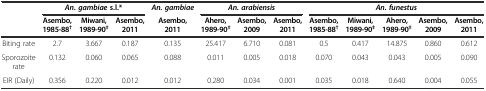
<table><thead><tr><td></td><td colspan="3"><b><i>An. gambiae</i>s.l.*</b></td><td><b><i>An. gambiae</i></b></td><td colspan="3"><b><i>An. arabiensis</i></b></td><td colspan="5"><b><i>An. funestus</i></b></td></tr><tr><td></td><td><b>Asembo, 1985-88<sup>†</sup></b></td><td><b>Miwani, 1989-90<sup>‡</sup></b></td><td><b>Asembo, 2011</b></td><td><b>Asembo, 2011</b></td><td><b>Ahero, 1989-90<sup>‡</sup></b></td><td><b>Asembo, 2009</b></td><td><b>Asembo, 2011</b></td><td><b>Asembo, 1985-88<sup>†</sup></b></td><td><b>Miwani, 1989-90<sup>‡</sup></b></td><td><b>Ahero, 1989-90<sup>‡</sup></b></td><td><b>Asembo, 2009</b></td><td><b>Asembo, 2011</b></td></tr></thead><tbody><tr><td>Biting rate</td><td>2.7</td><td>3.667</td><td>0.187</td><td>0.135</td><td>25.417</td><td>6.710</td><td>0.081</td><td>0.5</td><td>0.417</td><td>14.875</td><td>0.860</td><td>0.612</td></tr><tr><td>Sporozoite rate</td><td>0.132</td><td>0.060</td><td>0.065</td><td>0.088</td><td>0.011</td><td>0.005</td><td>0.018</td><td>0.070</td><td>0.043</td><td>0.043</td><td>0.005</td><td>0.090</td></tr><tr><td>EIR (Daily)</td><td>0.356</td><td>0.220</td><td>0.012</td><td>0.012</td><td>0.280</td><td>0.034</td><td>0.001</td><td>0.035</td><td>0.018</td><td>0.640</td><td>0.004</td><td>0.055</td></tr></tbody></table>